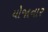
યોજાનાર